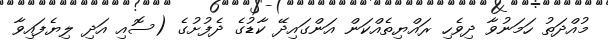
މުއްދަތު ހަމަނުވާ ދިވެހި ރައްޔިތެއްކަން އަންގައިދޭ ކާޑުގެ ދެފުށުގެ (ސޮއި އަދި ލިޔެފައިވާ